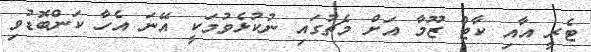
ޓެރީ އާއި ކާޓް ޒޫމާ އަށް މެޗުގައި ނުކުޅެވުމަކީ އޭނަ އެހާ ކަންބޮޑުވި